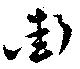
街